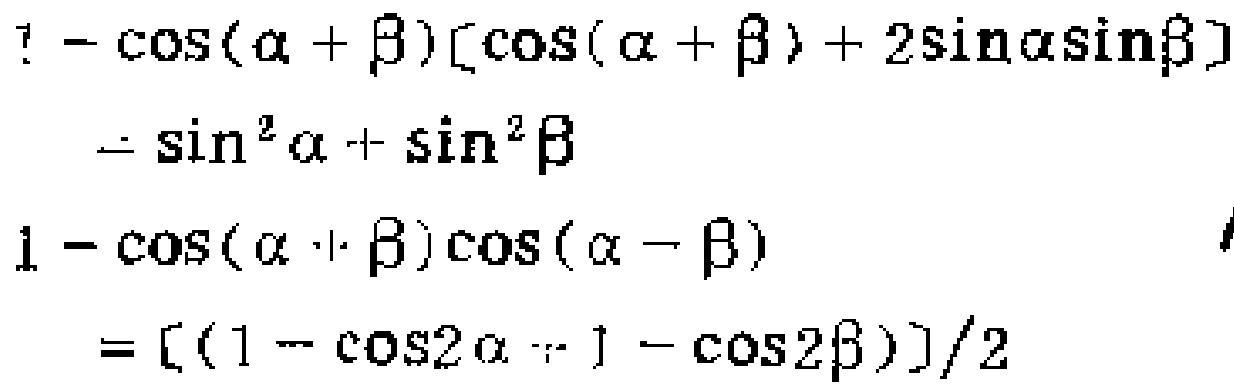
\[

\begin{align*}

&1 - \cos(\alpha+\beta)[\cos(\alpha + \beta)+2\sin\alpha\sin\beta]\\

=&\sin^{2}\alpha+\sin^{2}\beta\\

1 - \cos(\alpha+\beta)\cos(\alpha - \beta)&\\

=&\frac{(1 - \cos2\alpha+ 1 - \cos2\beta)}{2}

\end{align*}

\]